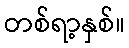
တစ်ရာ့နှစ်။